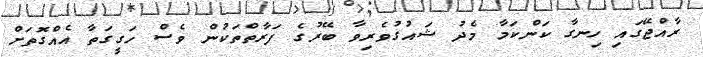
ރާއްޖޭގައި ހިނގާ ކަންކަމާ މެދު ޝައުގުވެރިވާ ބޭރުގެ ފަރާތްތަކުން ވެސް ހަގީގަތާ އެއްގޮތަށް